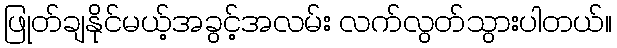
ဖြုတ်ချနိုင်မယ့်အခွင့်အလမ်း လက်လွတ်သွားပါတယ်။